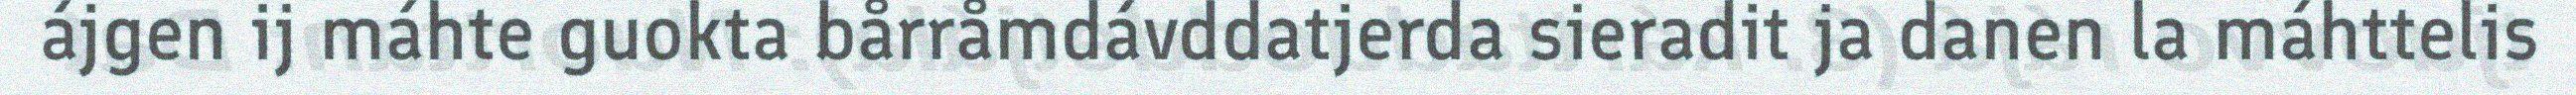
ájgen ij máhte guokta bårråmdávddatjerda sieradit ja danen la máhttelis